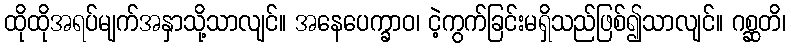
ထိုထိုအရပ်မျက်အနှာသို့သာလျင်။ အနေပေက္ခာဝ၊ ငဲ့ကွက်ခြင်းမရှိသည်ဖြစ်၍သာလျင်။ ဂစ္ဆတိ၊